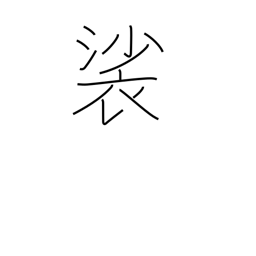
Meaning: Buddhist surplice